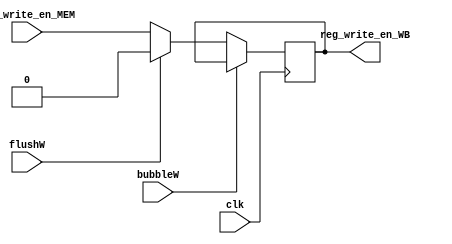
`timescale 1ns / 1ps
//////////////////////////////////////////////////////////////////////////////////
// Company: USTC ESLAB
// 
// Design Name: Ctrl_WB
// Module Name: Control Signal Seg Reg
// Tool Versions: Vivado 2017.4.1
// Description: Control signal seg reg for MEM\WB
// 
//////////////////////////////////////////////////////////////////////////////////


//  
    // MEM\WB
// 
    // clk                  
    // reg_write_en_MEM     
    // bubbleW              WBbubble
    // flushW               WBflush
// 
    // reg_write_en_WB      

//   
    // 



module Ctrl_WB(
    input wire clk, bubbleW, flushW,
    input wire reg_write_en_MEM,
    output reg reg_write_en_WB
    );

    initial reg_write_en_WB = 0;
    
    always@(posedge clk)
        if (!bubbleW) 
        begin
            if (flushW)
                reg_write_en_WB <= 0;
            else 
                reg_write_en_WB <= reg_write_en_MEM;
        end
    
endmodule